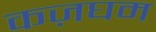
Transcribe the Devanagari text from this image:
कज़घम